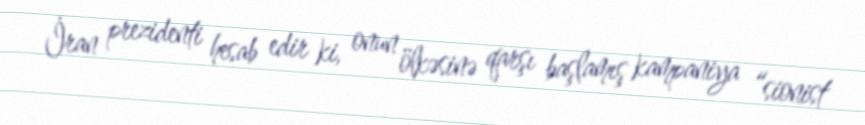
İran prezidenti hesab edir ki, onun ölkəsinə qarşı başlamış kampaniya “sionist